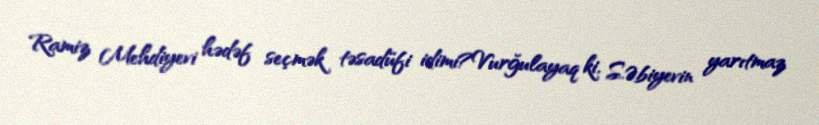
Ramiz Mehdiyevi hədəf seçmək təsadüfi idimi?Vurğulayaq ki, S.Əbiyevin yarıtmaz